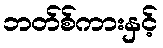
ဘတ်စ်ကားနှင့်